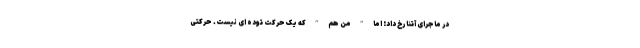
در ماجرای آتنا رخ داد؛ اما ” من هم ” که یک حرکت توده ای نیست. حرکتی